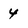
Character: 4